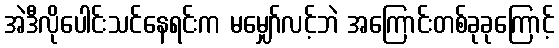
အဲဒီလိုပေါင်းသင်နေရင်းက မမျှော်လင့်ဘဲ အကြောင်းတစ်ခုခုကြောင့်